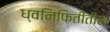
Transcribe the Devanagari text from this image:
ध्वनिफितीतील